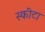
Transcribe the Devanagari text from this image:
स्कीटा